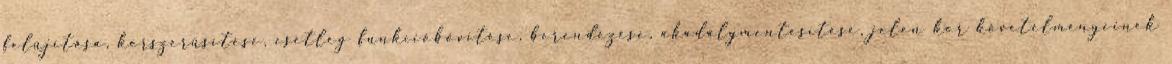
felújítása, korszerűsítése, esetleg funkcióbővítése, berendezése, akadálymentesítése, jelen kor követelményeinek